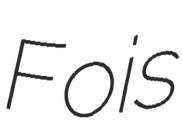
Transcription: Fois